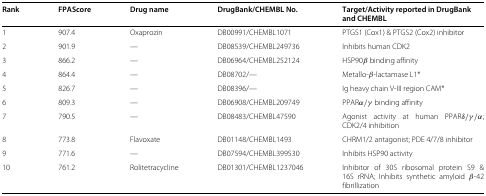
| Rank | FPAScore | Drug name | DrugBank/CHEMBL No. | Target/Activity reported in DrugBankand CHEMBL |
 | --- | --- | --- | --- | --- |
 | 1 | 907.4 | Oxaprozin | DB00991/CHEMBL1071 | PTGS1 (Cox1) & PTGS2 (Cox2) inhibitor |
 | 2 | 901.9 | — | DB08539/CHEMBL249736 | Inhibits human CDK2 |
 | 3 | 866.2 | — | DB06964/CHEMBL252124 | HSP90 β binding affinity |
 | 4 | 864.4 | — | DB08702/— | Metallo- β-lactamase L1* |
 | 5 | 826.7 | — | DB08396/— | Ig heavy chain V-III region CAM* |
 | 6 | 809.3 | — | DB06908/CHEMBL209749 | PPAR α/γ binding affinity |
 | 7 | 790.5 | — | DB08483/CHEMBL47590 | Agonist activity at human PPAR δ/γ/α; CDK2/4 inhibition |
 | 8 | 773.8 | Flavoxate | DB01148/CHEMBL1493 | CHRM1/2 antagonist; PDE 4/7/8 inhibitor |
 | 9 | 771.6 | — | DB07594/CHEMBL399530 | Inhibits HSP90 activity |
 | 10 | 761.2 | Rolitetracycline | DB01301/CHEMBL1237046 | Inhibitor of 30S ribosomal protein S9 & 16S rRNA; Inhibits synthetic amyloid β-42 fibrillization |